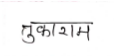
मजकूर: तुकाराम